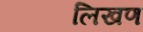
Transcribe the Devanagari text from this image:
लिखण